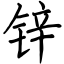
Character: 锌